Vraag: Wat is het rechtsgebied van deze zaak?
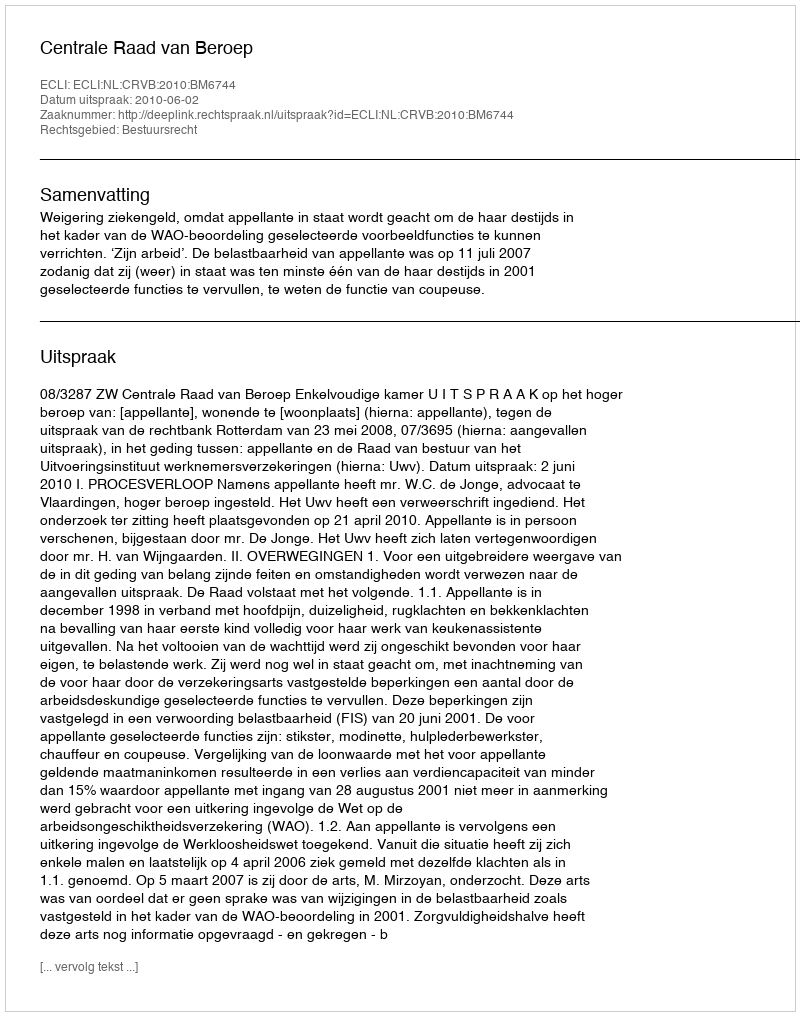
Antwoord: Bestuursrecht